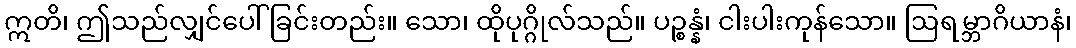
ဣတိ၊ ဤသည်လျှင်ပေါ်ခြင်းတည်း။ သော၊ ထိုပုဂ္ဂိုလ်သည်။ ပဉ္စန္နံ၊ ငါးပါးကုန်သော။ ဩရမ္ဘာဂိယာနံ၊